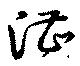
漕